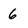
Character: 6